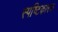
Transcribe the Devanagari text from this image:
स्पष्टिकारक